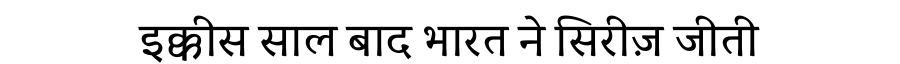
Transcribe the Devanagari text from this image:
इक्कीस साल बाद भारत ने सिरीज़ जीती